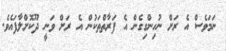
ނަމަވެސް އެ ރަށް ނުހިންގިގެން އެ ފަރާތްތަކުން އެ ރަށް ވަނީ ދޫކޮށްލާފައެވެ.